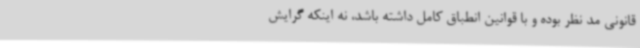
قانونی مد نظر بوده و با قوانین انطباق کامل داشته باشد، نه اینکه گرایش